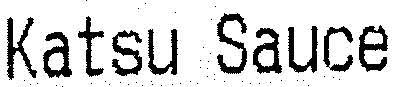
KATSU SAUCE